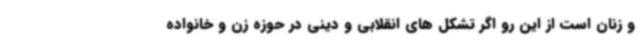
و زنان است از این رو اگر تشکل های انقلابی و دینی در حوزه زن و خانواده